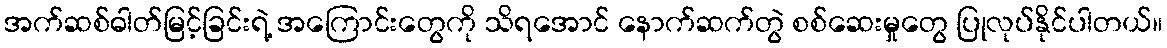
အက်ဆစ်ဓါတ်မြင့်ခြင်းရဲ့ အကြောင်းတွေကို သိရအောင် နောက်ဆက်တွဲ စစ်ဆေးမှုတွေ ပြုလုပ်နိုင်ပါတယ်။